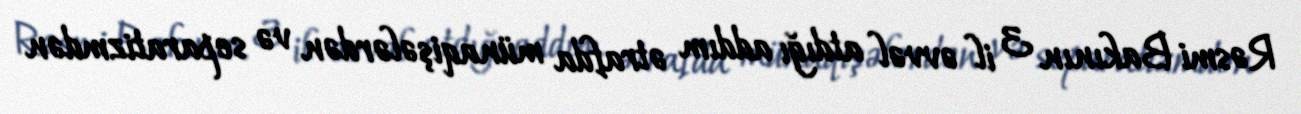
Rəsmi Bakının 3 il əvvəl atdığı addım ətrafda münaqişələrdən və separatizmdən